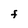
Character: F